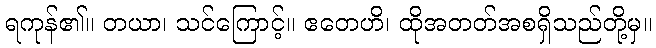
ရကုန်၏။ တယာ၊ သင်ကြောင့်။ ဧတေဟိ၊ ထိုအတတ်အစရှိသည်တို့မှ။